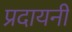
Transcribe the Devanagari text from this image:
प्रदायनी